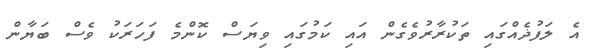
އެ ލަފުޛެއްގައި ތަކުރާރުވެގެން އައި ކަމުގައި ވިޔަސް ކޮންމެ ފަހަރަކު ވެސް ބަޔާން